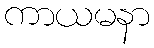
ကာယမနာ